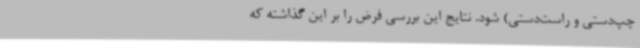
چپ‌دستی و راست‌دستی) شود. نتایج این بررسی فرض را بر این گذاشته که